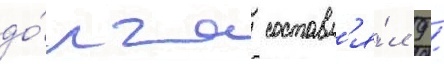
до́лга составл'я́л 9 /